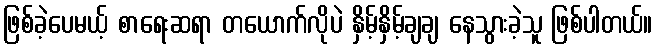
ဖြစ်ခဲ့ပေမယ့် စာရေးဆရာ တယောက်လိုပဲ နှိမ့်နှိမ့်ချချ နေသွားခဲ့သူ ဖြစ်ပါတယ်။